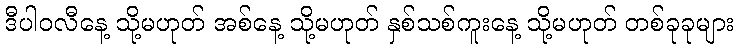
ဒီပါဝလီနေ့ သို့မဟုတ် အစ်နေ့ သို့မဟုတ် နှစ်သစ်ကူးနေ့ သို့မဟုတ် တစ်ခုခုများ